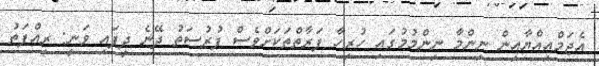
އެޖަމްއިއްޔާއިން ނިންމާ ނިންމުމުގައި ހުރިހާ ފަރާތްތަކަށްވެސް ފުރުސަތު ދޭނެ ދީފައި ވަނީ: ރިއްފަތު